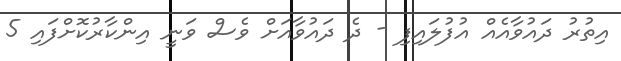
އިތުރު ދައުވާއެއް އުފުލައިފި - ދެ ދައުވާއަށް ވެސް ވަނީ އިންކާރުކޮށްފައި 5